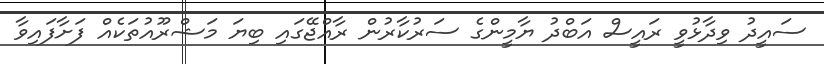
ސައީދު ވިދާޅުވީ ރައީސް އަބްދު ޔާމީންގެ ސަރުކާރުން ރާއްޖޭގައި ބިޔަ މަޝްރޫއުތަކެއް ފަށާފައިވާ